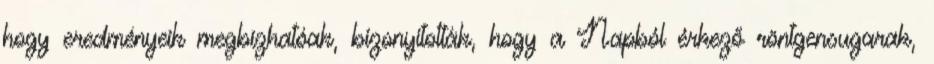
hogy eredményeik megbízhatóak, bizonyították, hogy a Napból érkező röntgensugarak,